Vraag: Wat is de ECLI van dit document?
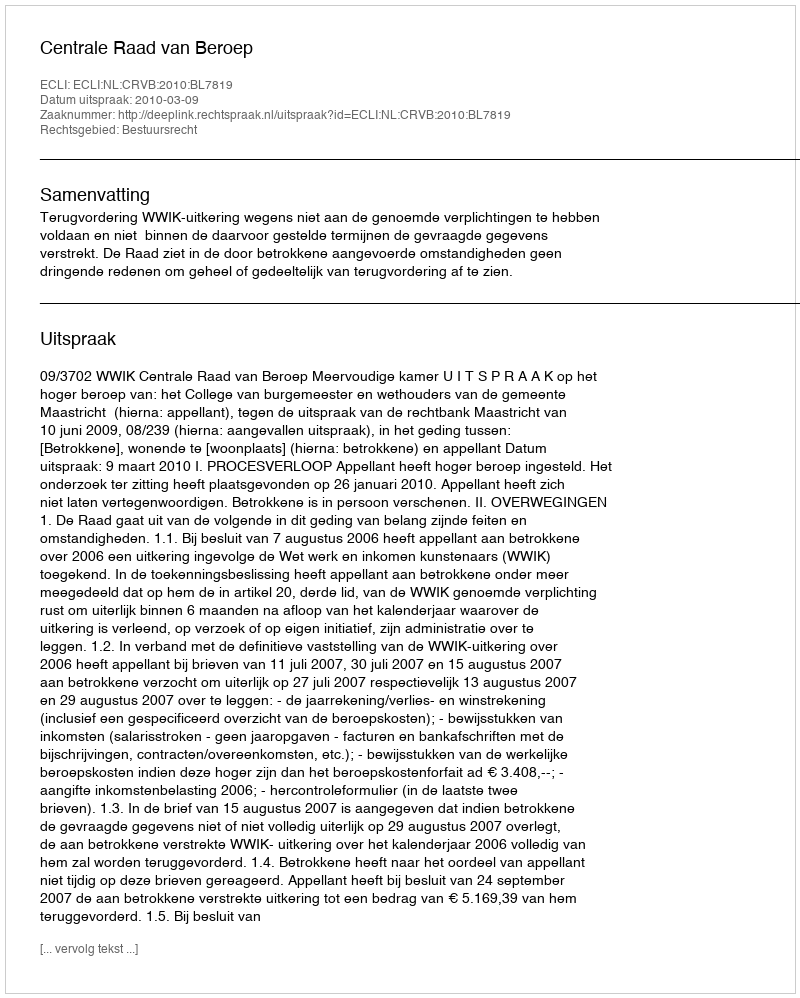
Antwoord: ECLI:NL:CRVB:2010:BL7819